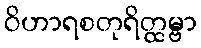
ဝိဟာရစတုရိတ္ထမ္ဗာ